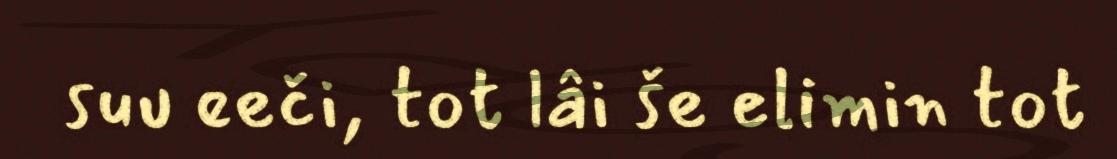
suu eeči, tot lâi še elimin tot